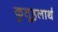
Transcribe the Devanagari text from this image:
कुतूहलार्थ